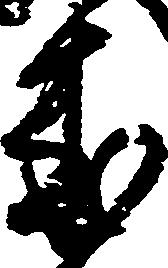
来